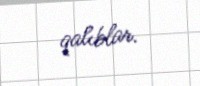
qalıblar.